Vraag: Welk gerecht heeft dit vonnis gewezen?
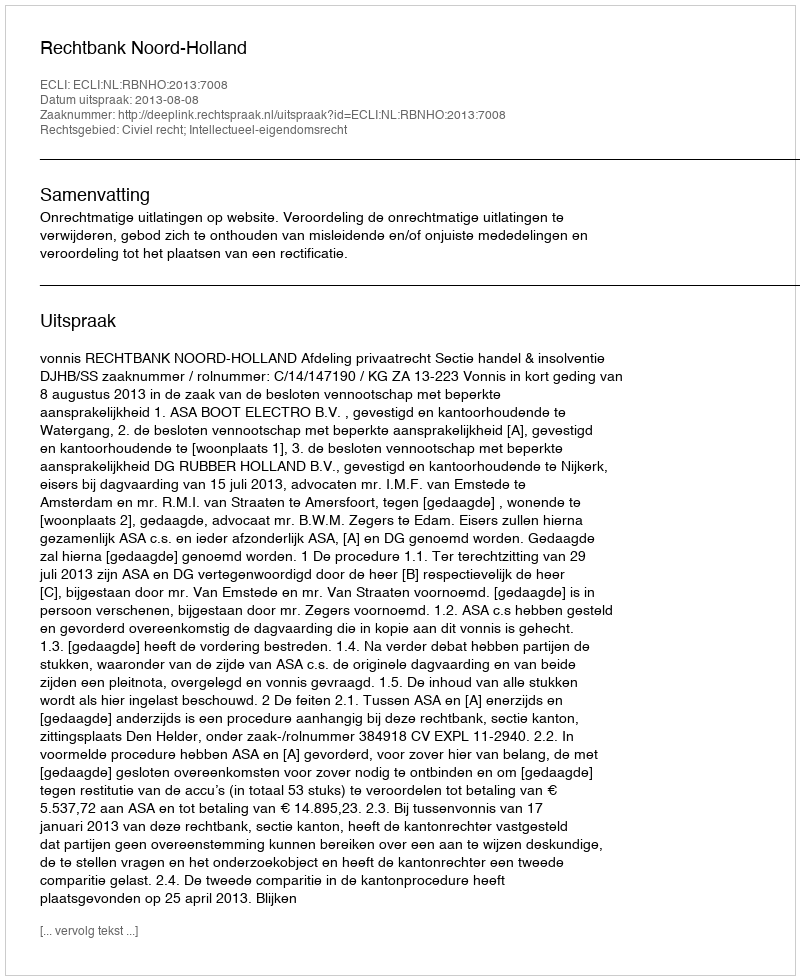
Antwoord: Rechtbank Noord-Holland